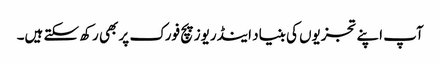
آپ اپنے تجزیوں کی بنیاد اینڈریوز پچ فورک پر بھی رکھ سکتے ہیں۔